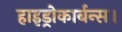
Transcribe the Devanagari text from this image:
हाइड्रोकार्बन्स।